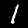
Label: 1